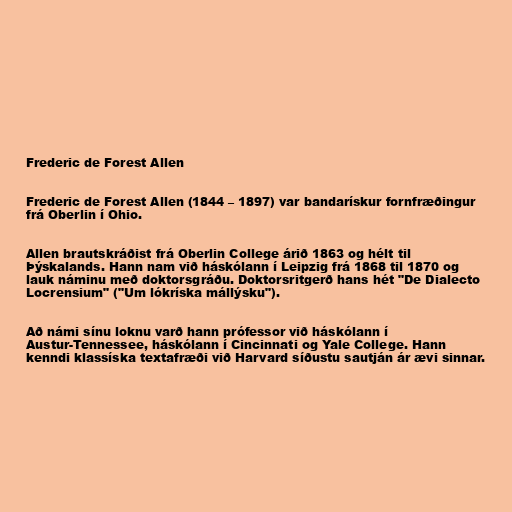
Frederic de Forest Allen

Frederic de Forest Allen (1844 – 1897) var bandarískur fornfræðingur
frá Oberlin í Ohio.

Allen brautskráðist frá Oberlin College árið 1863 og hélt til
Þýskalands. Hann nam við háskólann í Leipzig frá 1868 til 1870 og
lauk náminu með doktorsgráðu. Doktorsritgerð hans hét "De Dialecto
Locrensium" ("Um lókríska mállýsku").

Að námi sínu loknu varð hann prófessor við háskólann í
Austur-Tennessee, háskólann í Cincinnati og Yale College. Hann
kenndi klassíska textafræði við Harvard síðustu sautján ár ævi sinnar.